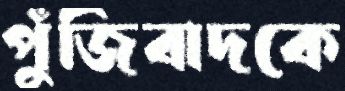
পুঁজিবাদকে